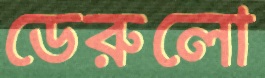
ডেরুলো